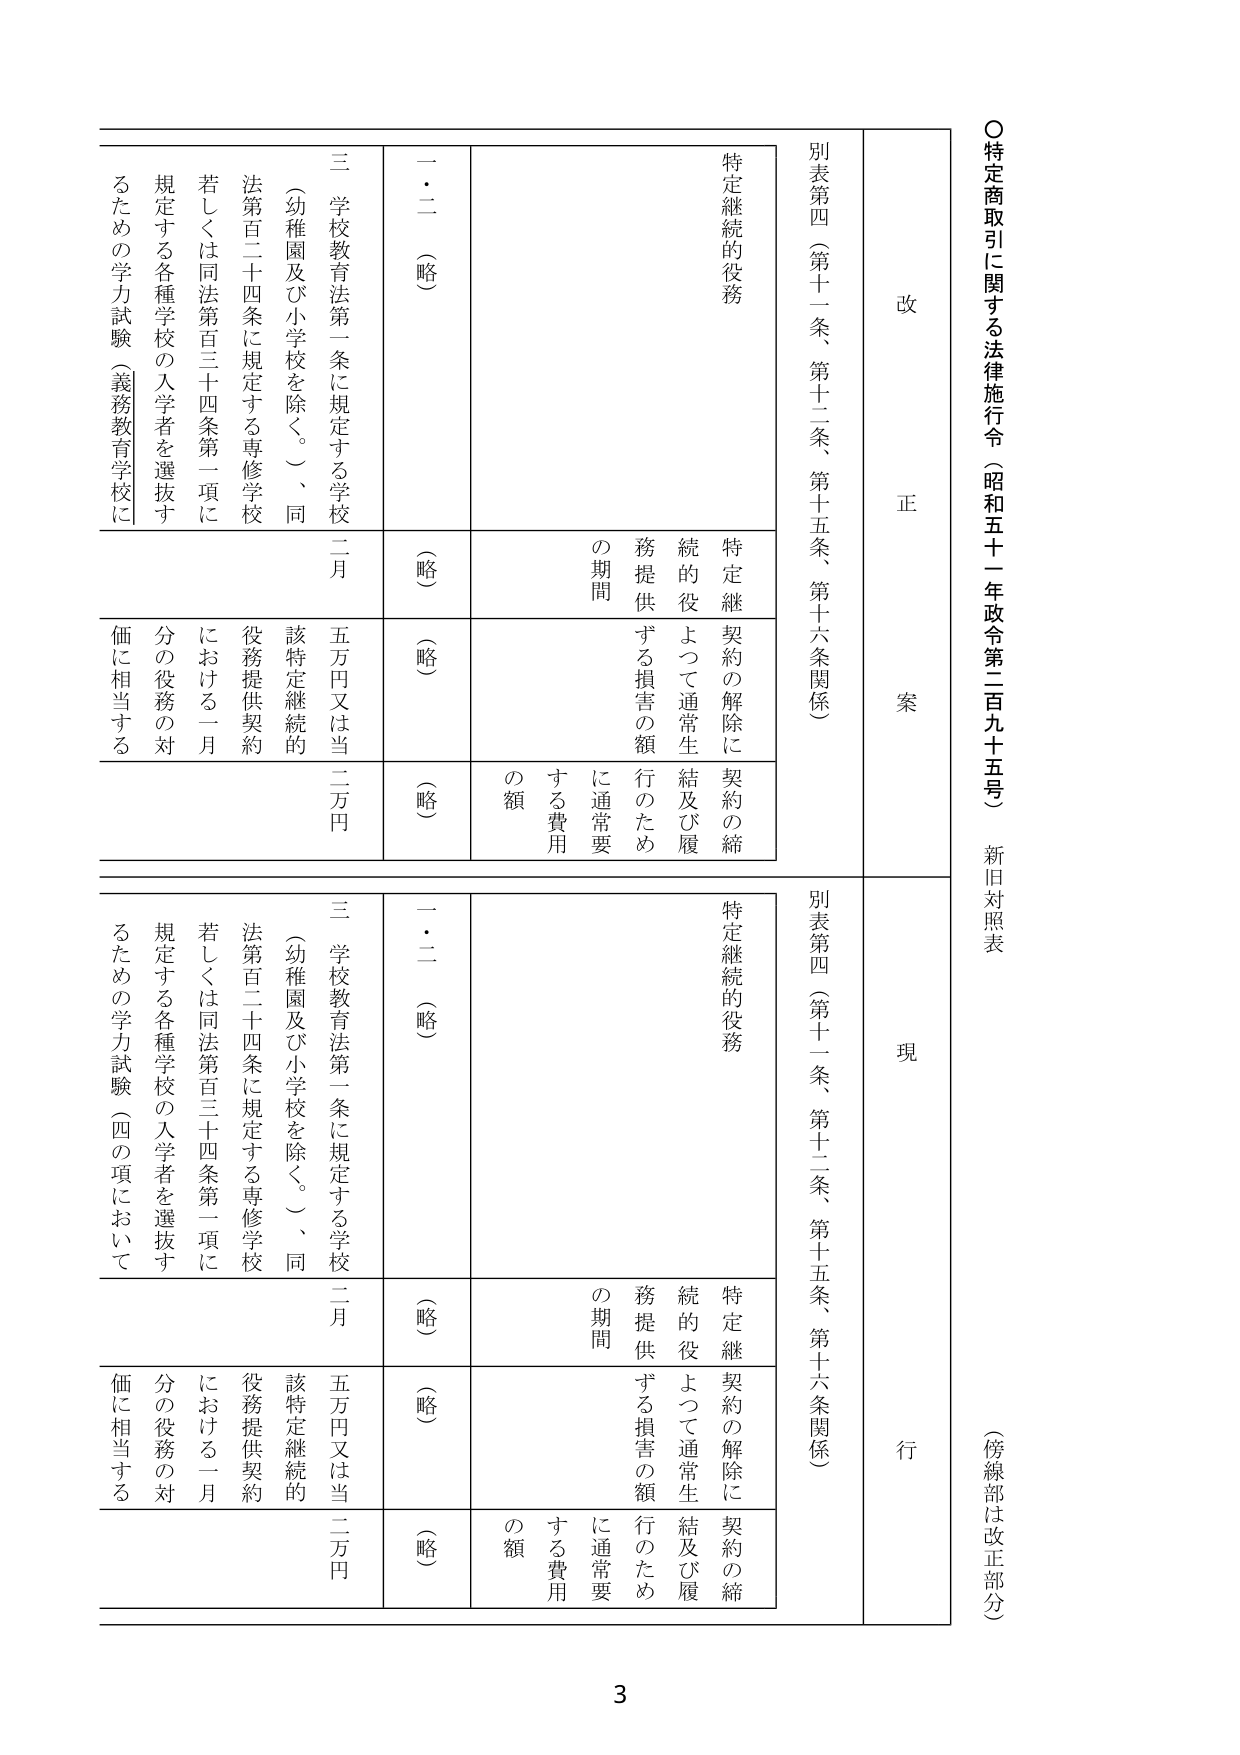
○特定商取引に関する法律施行令（昭和五十一年政令第二百九十五号）
新旧対照表
（傍線部は改正部分）

改
正
案

別表第四（第十一條、第十二條、第十五條、第十六條関係）

特定継続的役務

特定継続的役務提供の期間

契約の解除に伴う損害の額

契約の締結及び履行のため通常要する費用の額

一・二（略）
（略）
（略）
（略）

三 学校教育法第一条に規定する学校（幼稚園及び小学校を除く。）、同法第百二十四条に規定する専修学校若しくは同法第百三十四条第一項に規定する各種学校の入学者を選抜するための学力試験（義務教育学校に

五万円又は二万円

該特定継続的役務提供契約における一月分の役務の対価に相当する

現
行

別表第四（第十一條、第十二條、第十五條、第十六條関係）

特定継続的役務

特定継続的役務提供の期間

契約の解除に伴う損害の額

契約の締結及び履行のため通常要する費用の額

一・二（略）
（略）
（略）
（略）

三 学校教育法第一条に規定する学校（幼稚園及び小学校を除く。）、同法第百二十四条に規定する専修学校若しくは同法第百三十四条第一項に規定する各種学校の入学者を選抜するための学力試験（四の項において

五万円又は二万円

該特定継続的役務提供契約における一月分の役務の対価に相当する

3